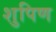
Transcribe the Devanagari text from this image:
शुपिण